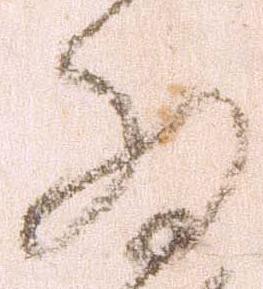
為